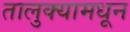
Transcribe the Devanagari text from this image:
तालुक्‍यामधून